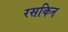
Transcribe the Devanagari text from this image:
रसकिन